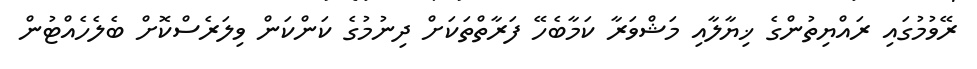
ރޭވުމުގައި ރައްޔިތުންގެ ޚިޔާލާއި މަޝްވަރާ ކަމާބެހޭ ފަރާތްތަކަށް ދިނުމުގެ ކަންކަން ވިލަރެސްކޮށް ބެލެހެއްޓުން